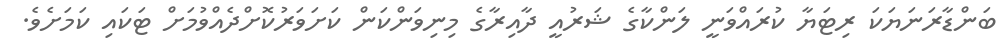
ބަންޑާރަނަޔަކަ ރިޓަޔާ ކުރައްވަނީ ލަންކާގެ ޝަރުއީ ދާއިރާގެ މިނިވަންކަން ކަށަވަރުކޮށްދެއްވުމަށް ޓަކައި ކަމަށެވެ.